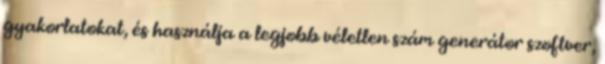
gyakorlatokat, és használja a legjobb véletlen szám generátor szoftver,